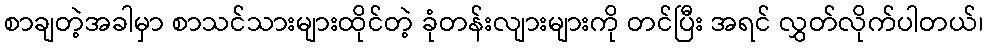
စာချတဲ့အခါမှာ စာသင်သားများထိုင်တဲ့ ခုံတန်းလျားများကို တင်ပြီး အရင် လွှတ်လိုက်ပါတယ်၊